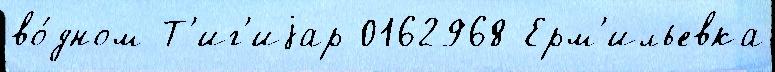
во́дном Т'иг'иjар 0162968 Ерм'ильевка